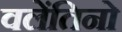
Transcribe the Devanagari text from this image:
वलेंतिनो